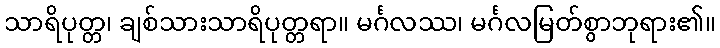
သာရိပုတ္တ၊ ချစ်သားသာရိပုတ္တရာ။ မင်္ဂလဿ၊ မင်္ဂလမြတ်စွာဘုရား၏။